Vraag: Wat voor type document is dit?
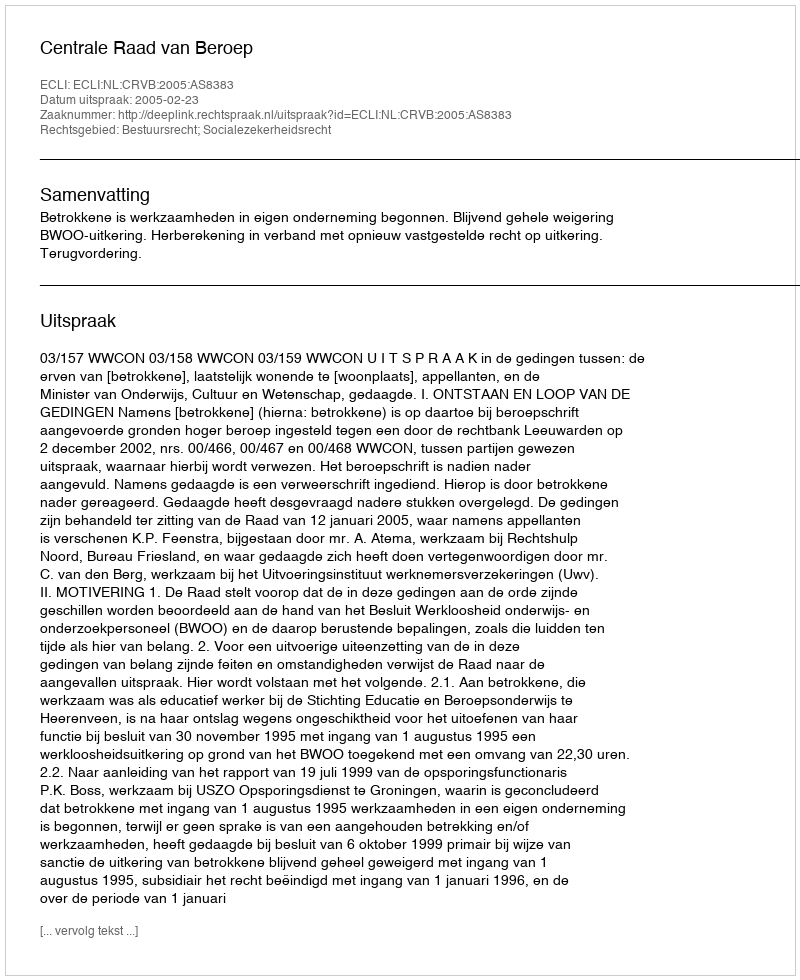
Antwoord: Uitspraak